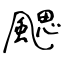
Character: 颸